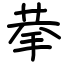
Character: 拲